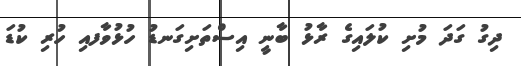
ދިގު ގަދަ މުށި ކުލައިގެ ރާޅު ބާނީ އިސްތަށިގަނޑު ހުޅުވާފއި ހުރި ކުޑަ